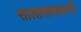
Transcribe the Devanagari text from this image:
सालासरबालाजी